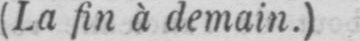
(La fin à demain.)